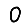
Digit: 0